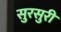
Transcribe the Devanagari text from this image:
सुरसुरी